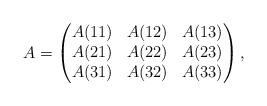
LaTeX: \begin{align*}A = \begin{pmatrix} A(11) & A(12) & A(13) \\ A(21) & A(22) & A(23) \\ A(31) & A(32)& A(33) \end{pmatrix}, \end{align*}